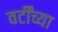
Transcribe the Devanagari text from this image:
वर्टींच्या